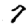
Digit: 7